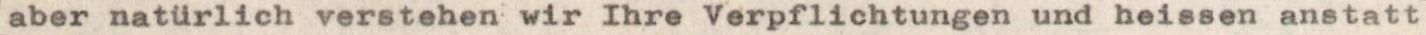
aber natürlich verstehen wir Ihre Verpflichtungen und heissen anstatt